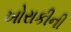
ખોરાકીની